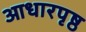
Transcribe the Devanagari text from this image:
आधारपृष्ठ